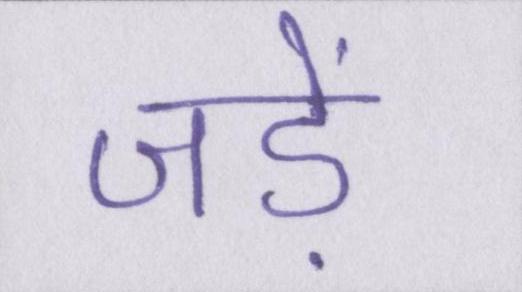
जड़ें